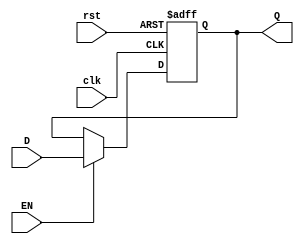
module gated_d_latch (
    input wire D,
    input wire EN,
    input wire clk,
    input wire rst,
    output reg Q
);

always @(posedge clk or posedge rst) begin
    if (rst) begin
        Q <= 0; // Reset the latch output to 0
    end else begin
        if (EN) begin
            Q <= D; // Update latch output with data input when enable input is high
        end
    end
end

endmodule